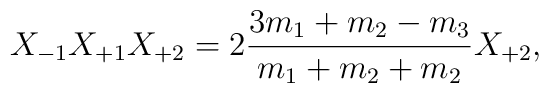
X_{-1} X_{+1} X_{+2} = 2 \frac{3 m_1 + m_2 - m_3}{m_1 + m_2 + m_2}X_{+2},